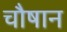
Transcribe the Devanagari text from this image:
चौषान